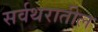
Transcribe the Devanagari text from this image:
सर्वथरातील